Leningradi_Edasi_toimetus, lk 216
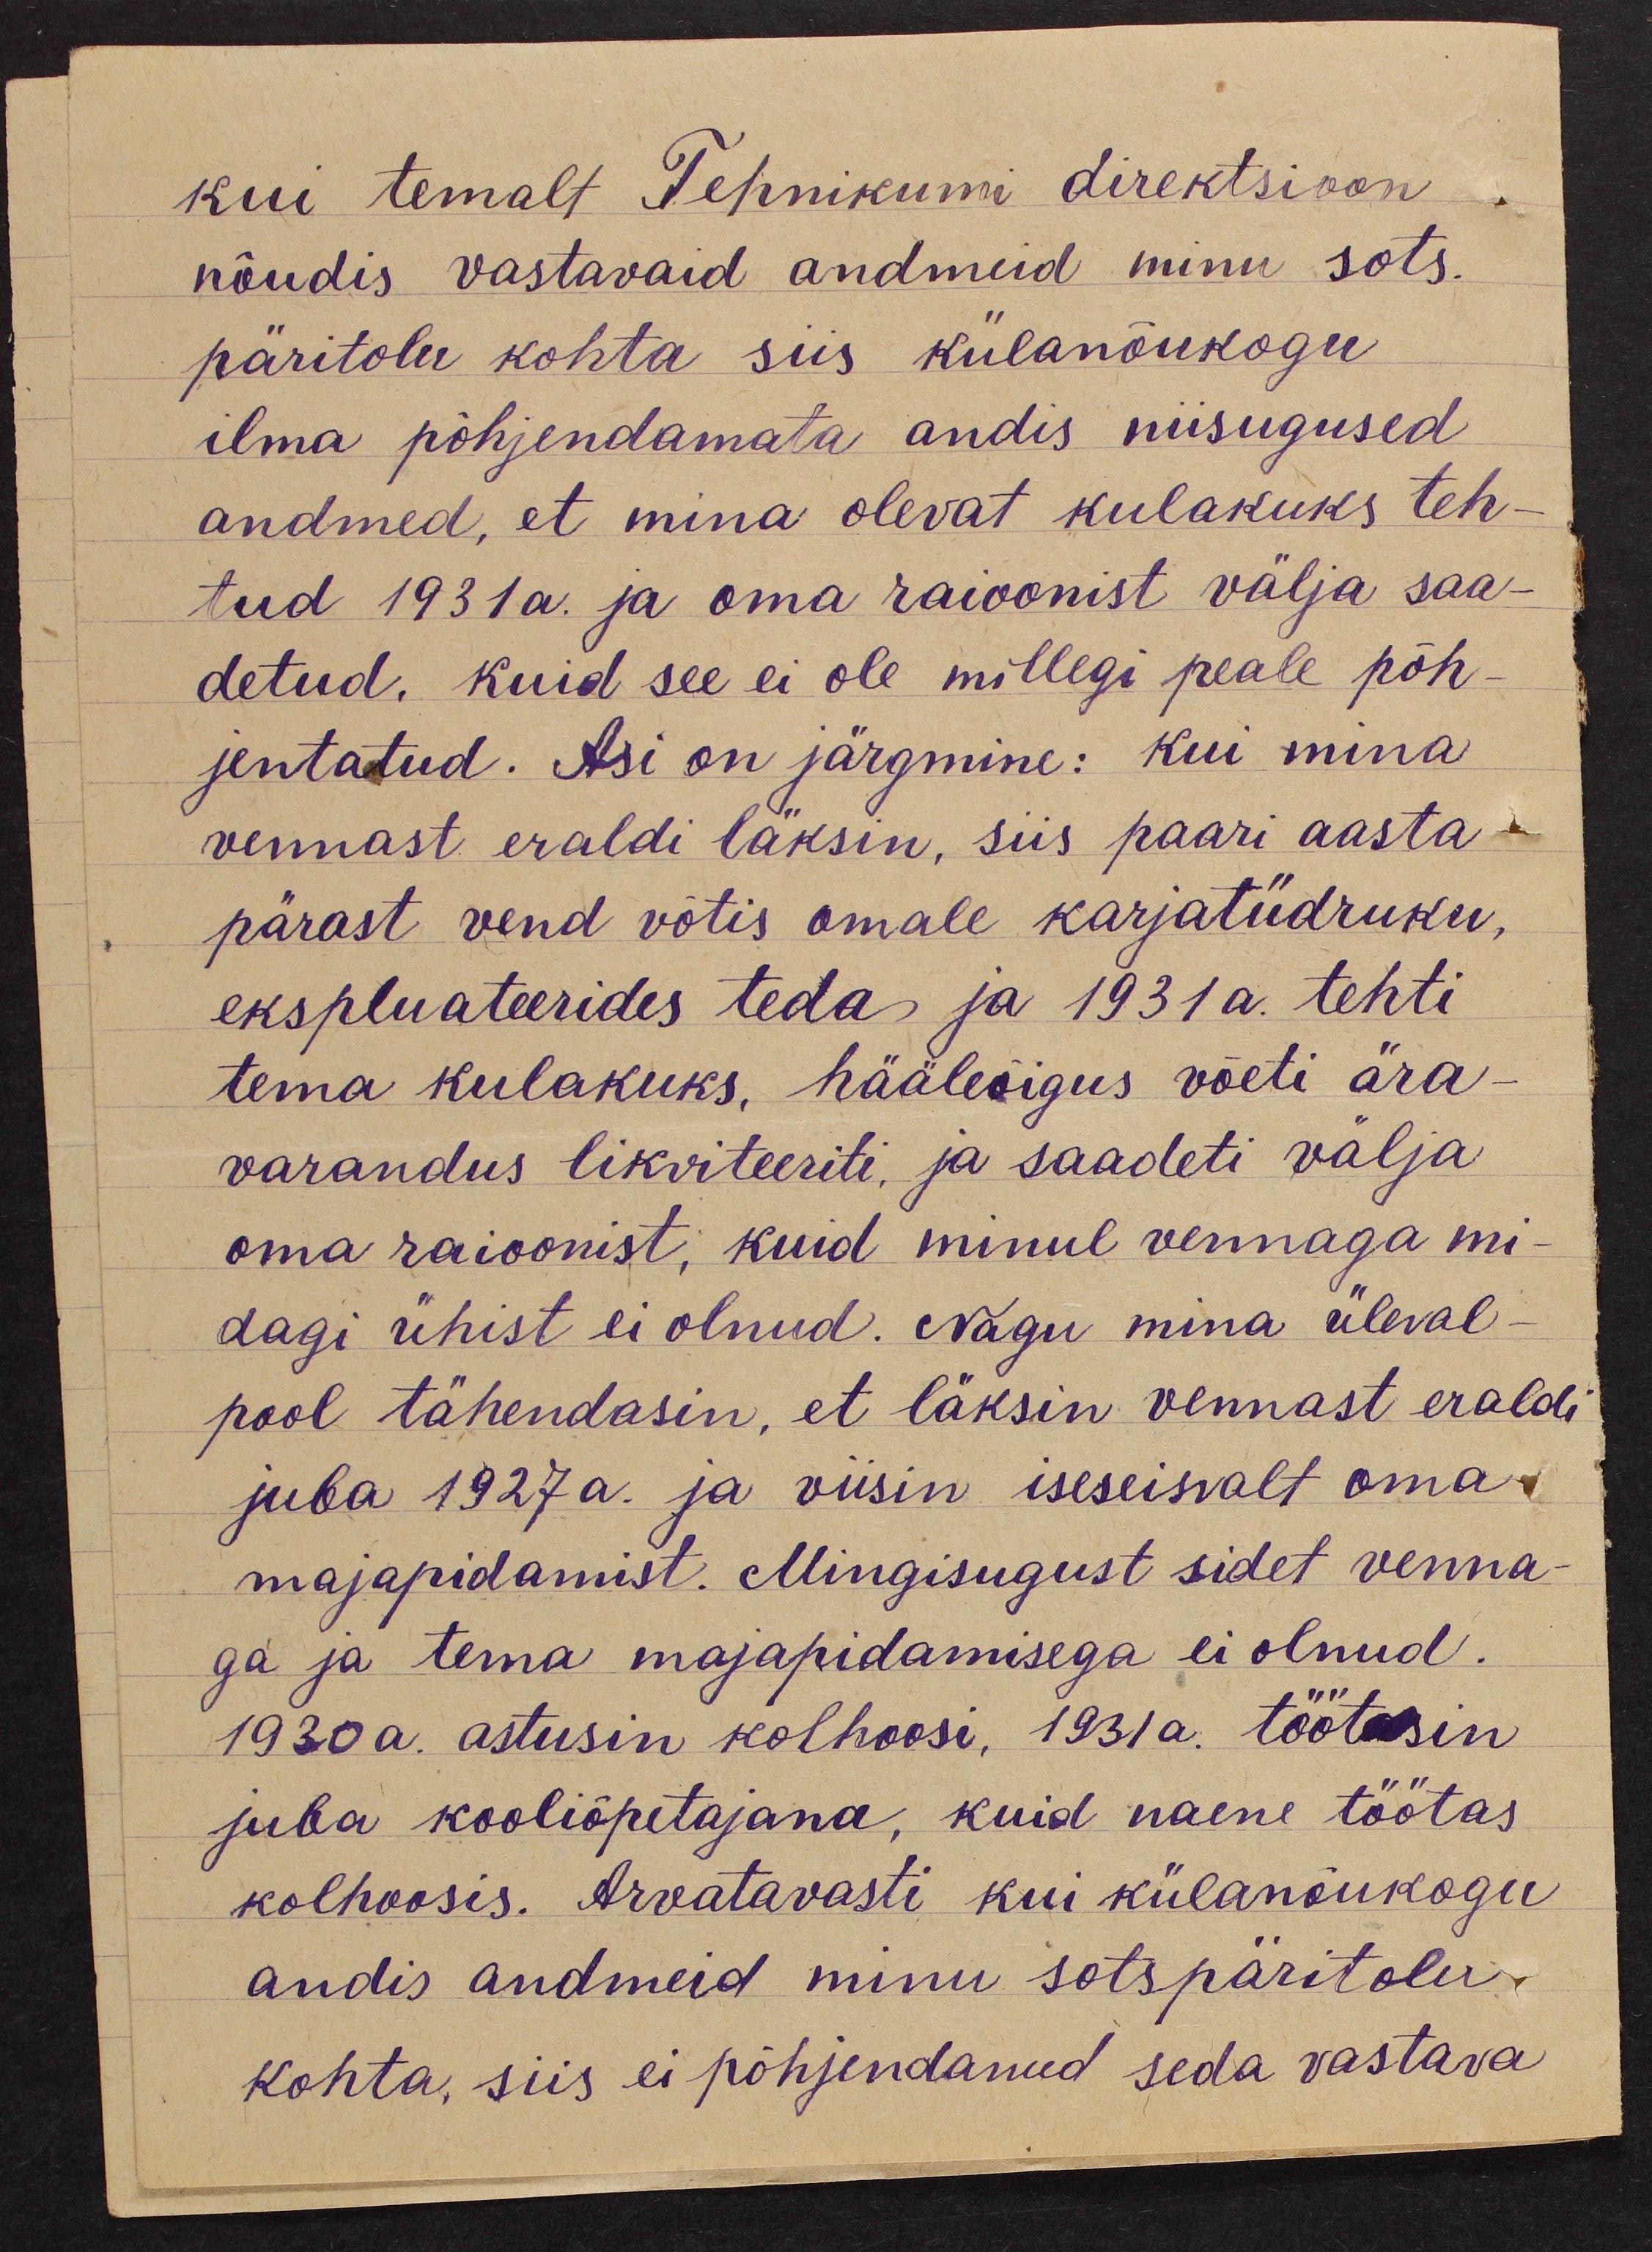
kui temalt Tehnikumi direktsioon
nõudis vastavaid andmeid minu sots.
päritolu kohta siis külanõukogu
ilma põhjendamata andis niisugused
andmed, et mina olevat kulakuks teh-
tud 1931a. ja oma raioonist välja saa-
detud. Kuid see ei ole millegi peale põh-
jentatud. Asi on järgmine: kui mina
vennast eraldi läksin, siis paari aasta
pärast vend võtis omale karjatüdruku,
ekspluateerides teda ja 1931 a. tehti
tema kulakuks, hääleõigus võeti ära-
varandus likviteeriti, ja saadeti välja
oma raioonist, kuid minul vennaga mi-
dagi ühist ei olnud. Nagu mina üleval
pool tähendasin, et läksin vennast eraldi
juba 1927 a. ja viisin iseseisvalt oma-
majapidamist. Mingisugust sidet venna-
ga ja tema majapidamisega ei olnud.
1930a. astusin kolhoosi, 1931 a. töötasin
juba kooliõpetajana, kuid naene töötas
kolhoosis. Arvatavasti kui külanõukogu
andis andmeid minu sotspäritolu.
kohta, siis ei põhjendanud seda vastava